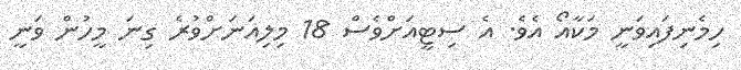
ހިމެނިފައިވަނީ މަކާއޯ އެވެ. އެ ސިޓީއަށްވެސް 18 މިލިއަނަށްވުރެ ގިނަ މީހުން ވަނީ